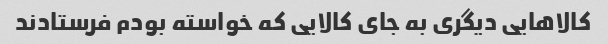
کالاهایی دیگری به جای کالایی که خواسته بودم فرستادند